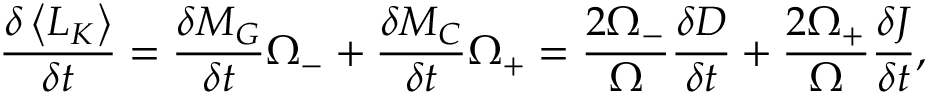
\frac { \delta \left\langle L _ { K } \right\rangle } { \delta t } = \frac { \delta M _ { G } } { \delta t } \Omega _ { - } + \frac { \delta M _ { C } } { \delta t } \Omega _ { + } = \frac { 2 \Omega _ { - } } { \Omega } \frac { \delta D } { \delta t } + \frac { 2 \Omega _ { + } } { \Omega } \frac { \delta J } { \delta t } ,